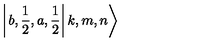
\left| \left. b , \frac { 1 } { 2 } , a , \frac { 1 } { 2 } \right| k , m , n \right\rangle